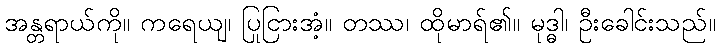
အန္တရာယ်ကို။ ကရေယျ၊ ပြုငြားအံ့။ တဿ၊ ထိုမာရ်၏။ မုဒ္ဓါ၊ ဦးခေါင်းသည်။